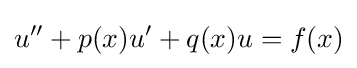
u''+p(x)u'+q(x)u=f(x)